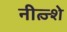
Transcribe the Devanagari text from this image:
नीत्ज्शे